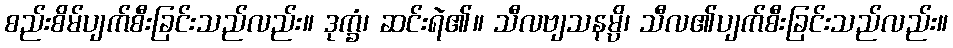
စည်းစိမ်ပျက်စီးခြင်းသည်လည်း။ ဒုက္ခံ၊ ဆင်းရဲ၏။ သီလဗျသနမ္ပိ၊ သီလ၏ပျက်စီးခြင်းသည်လည်း။